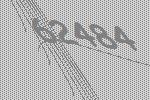
62484